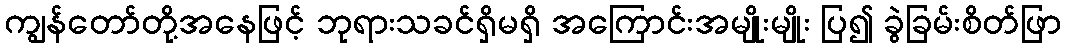
ကျွန်တော်တို့အနေဖြင့် ဘုရားသခင်ရှိမရှိ အကြောင်းအမျိုးမျိုး ပြ၍ ခွဲခြမ်းစိတ်ဖြာ